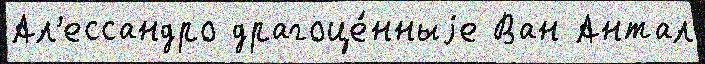
Ал'ессандро драгоце́нныjе Ван Антал